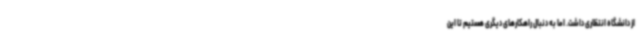
از دانشگاه انتظاری داشت. اما به دنبال راهکارهای دیگری هستیم تا این